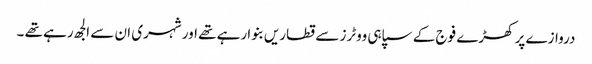
دروازے پر کھڑے فوج کے سپاہی ووٹرز سے قطاریں بنوا رہے تھے اور شہری ان سے الجھ رہے تھے ۔